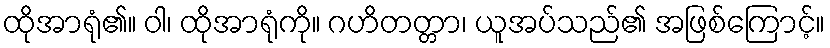
ထိုအာရုံ၏။ ဝါ၊ ထိုအာရုံကို။ ဂဟိတတ္တာ၊ ယူအပ်သည်၏ အဖြစ်ကြောင့်။